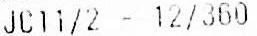
JC11/2 - 12/360